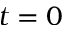
t = 0